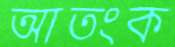
আতংক